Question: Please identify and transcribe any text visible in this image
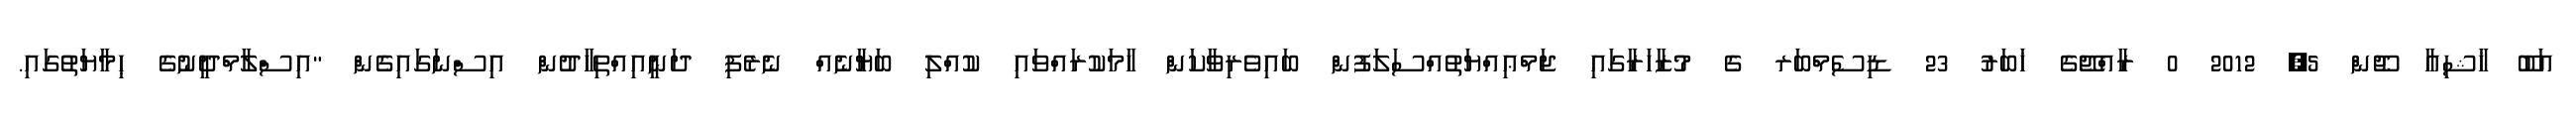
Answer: އަބޫ ޚާޝިޢާ ޖޫން 5, 2012 0 ރާއްޖޭގެ ޚަބަރު 23 ޑިސެމްބަރ ގެ މުޒާހަރާގައި ޖަމްޢިއްޔަތުއްސަލަފުން ބައިވެރިވާކަން ހާމަކުރައްވައި ކުއްލި ބަޔާނެއް ނެރެފި ދަނީއިއްތިހާދުން އިސްނަގައިގެން "އިސްލާމްދީނުގެ ޙިމާޔަތުގައި.